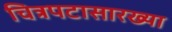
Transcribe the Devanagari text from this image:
चित्रपटासारख्या